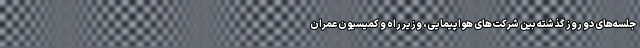
جلسه‌های دو روز گذشته بین شرکت‌های هواپیمایی، وزیر راه و کمیسیون عمران